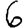
Digit: 6